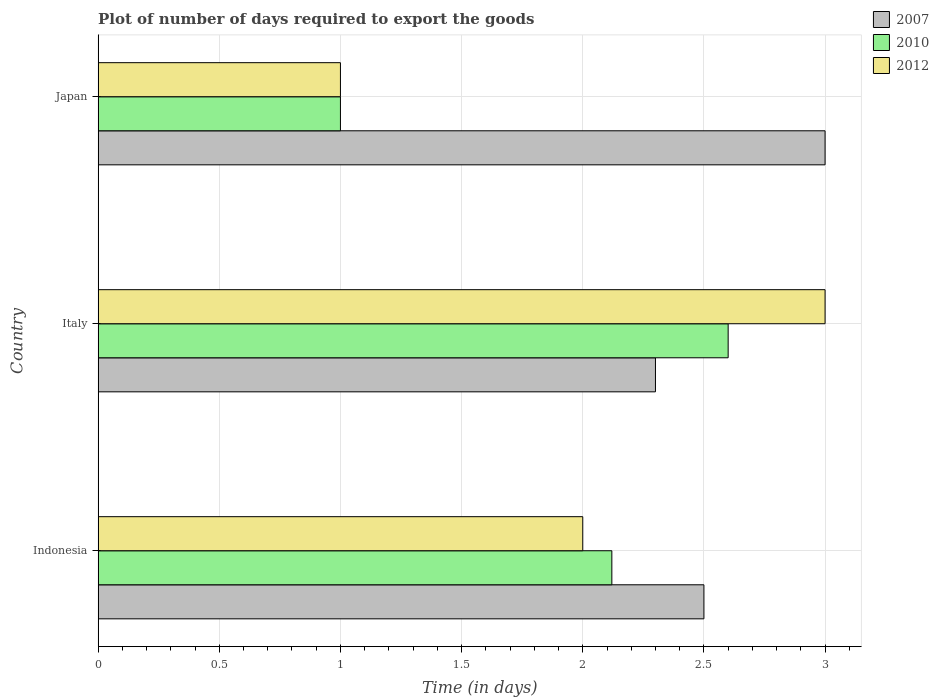
| Country | 2007 | 2010 | 2012 |
 | --- | --- | --- | --- |
 | Indonesia | 2.5 | 2.12 | 2 |
 | Italy | 2.3 | 2.6 | 3 |
 | Japan | 3 | 1 | 1 |